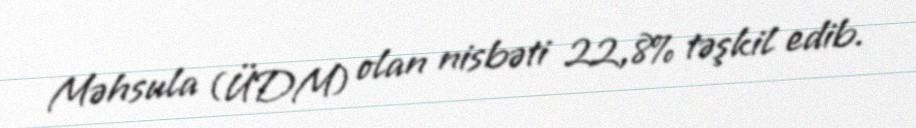
Məhsula (ÜDM) olan nisbəti 22,8% təşkil edib.